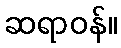
ဆရာဝန်။